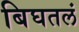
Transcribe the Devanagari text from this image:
बिघतलं